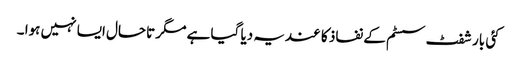
کئی بار شفٹ سسٹم کے نفاذ کا عندیہ دیا گیا ہے مگر تاحال ایسا نہیں ہوا ۔